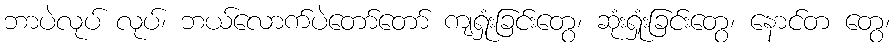
ဘာပဲလုပ် လုပ်၊ ဘယ်လောက်ပဲတော်တော် ကျရှုံးခြင်းတွေ၊ ဆုံးရှုံးခြင်းတွေ၊ နောင်တ တွေ၊